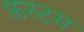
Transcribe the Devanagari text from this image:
फ़स्टम